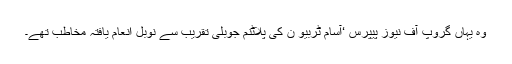
وہ یہاں گروپ آف نیوز پیپرس ‘آسام ٹربیو ن کی پلاٹنم جوبلی تقریب سے نوبل انعام یافتہ مخاطب تھے۔